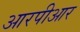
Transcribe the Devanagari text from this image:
आरपीआर